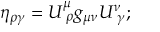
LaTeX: \eta _ { \rho \gamma } = U _ { \, \, \rho } ^ { \mu } g _ { \mu \nu } U _ { \, \, \gamma } ^ { \nu } ;